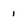
Character: 1